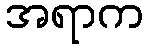
အရာက